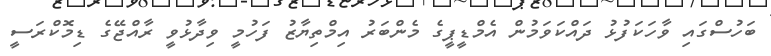
ބަހުސްގައި ވާހަކަފުޅު ދައްކަވަމުން އެމްޑީޕީގެ މެންބަރު އިމްތިޔާޒު ފަހުމީ ވިދާޅުވީ ރާއްޖޭގެ ޑިމޮކްރަސީ